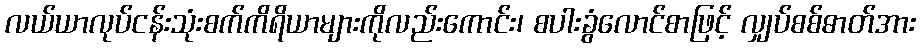
လယ်ယာလုပ်ငန်းသုံးစက်ကိရိယာများကိုလည်းကောင်း၊ စပါးခွံလောင်စာဖြင့် လျှပ်စစ်ဓာတ်အား